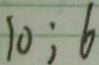
1 0 ; 6